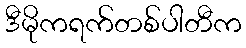
ဒီမိုကရက်တစ်ပါတီက